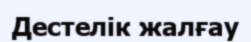
Дестелік жалғау